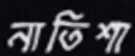
নাতিশা